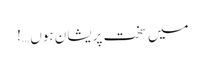
میں سخت پریشان ہوں …!